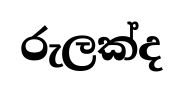
රුලක්ද